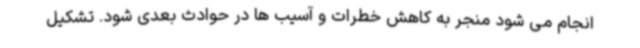
انجام می شود منجر به کاهش خطرات و آسیب ها در حوادث بعدی شود. تشکیل